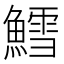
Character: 鱈